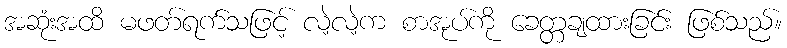
အဆုံးအထိ မဖတ်ရက်သဖြင့် လဲ့လဲ့က စာအုပ်ကို ခေတ္တချထားခြင်း ဖြစ်သည်။